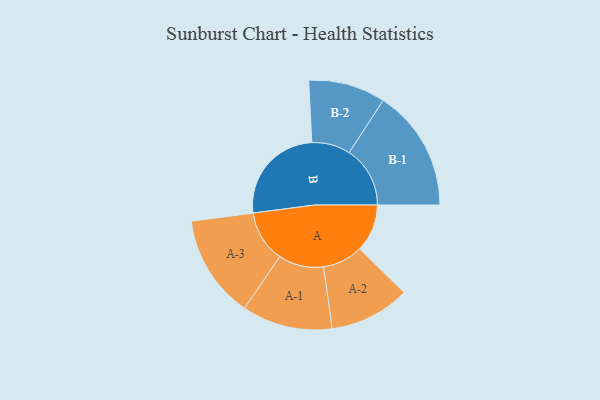
{"axis": {"x": "Segment", "y": "Value"}, "legend": ["", "A", "B"], "data": [{"x": "A", "y": 221, "type": ""}, {"x": "B", "y": 470, "type": ""}, {"x": "A-1", "y": 210, "type": "A"}, {"x": "A-2", "y": 187, "type": "A"}, {"x": "A-3", "y": 240, "type": "A"}, {"x": "B-1", "y": 283, "type": "B"}, {"x": "B-2", "y": 179, "type": "B"}]}